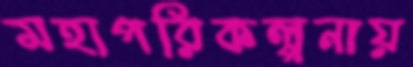
মহাপরিকল্পনায়